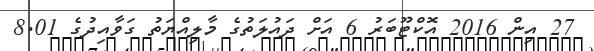
27 އިން 2016 އޮކްޓޫބަރު 6 އަށް ދައުލަތުގެ މާލިއްޔަތު ގަވާއިދުގެ 8.01